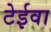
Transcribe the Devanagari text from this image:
टेईवा